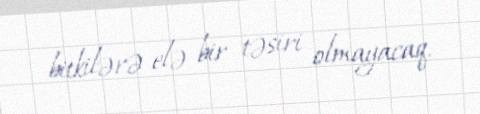
bitkilərə elə bir təsiri olmayacaq.